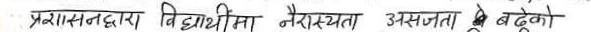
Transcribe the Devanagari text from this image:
प्रसासनद्वारा निधार्थमा नैरास्यता असजता बढेको